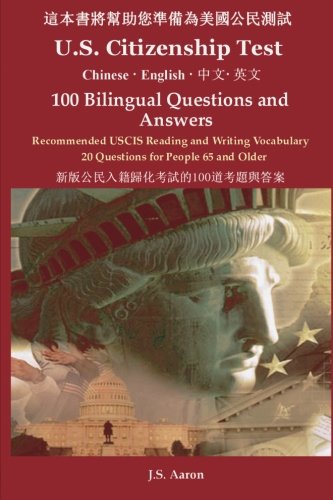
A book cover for U.S. Citizenship Test (Chinese - English) 100 Bilingual Questions and Answers (Chinese Edition); J.S. Aaron; Test Preparation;